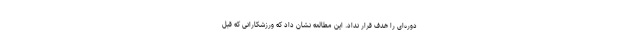
دوره‌ای را هدف قرار نداد. این مطالعه نشان داد که ورزشکارانی که قبل